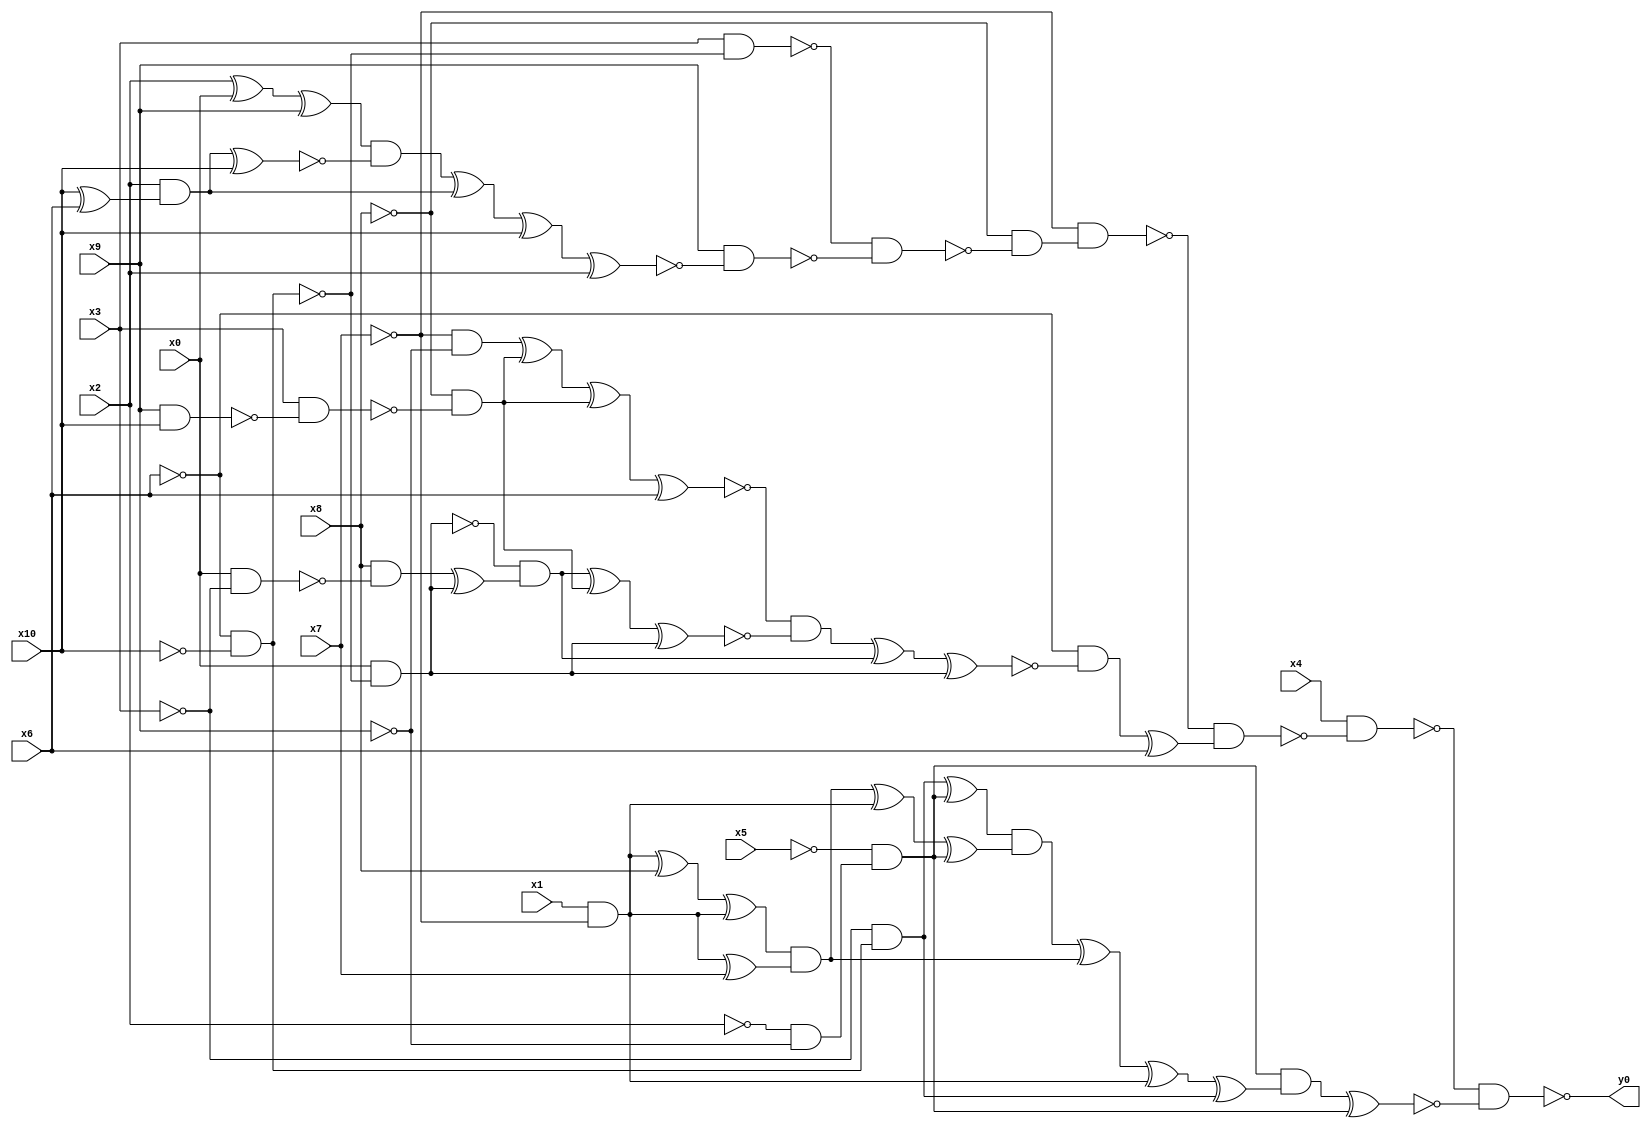
module top( x0 , x1 , x2 , x3 , x4 , x5 , x6 , x7 , x8 , x9 , x10 , y0 );
  input x0 , x1 , x2 , x3 , x4 , x5 , x6 , x7 , x8 , x9 , x10 ;
  output y0 ;
  wire n12 , n13 , n14 , n15 , n16 , n17 , n18 , n19 , n20 , n21 , n22 , n23 , n24 , n25 , n26 , n27 , n28 , n29 , n30 , n31 , n32 , n33 , n34 , n35 , n36 , n37 , n38 , n39 , n40 , n41 , n42 , n43 , n44 , n45 , n46 , n47 , n48 , n49 , n50 , n51 , n52 , n53 , n54 , n55 , n56 , n57 , n58 , n59 , n60 , n61 , n62 , n63 , n64 , n65 ;
  assign n12 = ~x6 & ~x10 ;
  assign n13 = x3 & ~n12 ;
  assign n14 = x2 ^ x0 ;
  assign n15 = n14 ^ x9 ;
  assign n16 = x10 ^ x6 ;
  assign n17 = x2 & n16 ;
  assign n18 = n17 ^ x10 ;
  assign n19 = n15 & ~n18 ;
  assign n20 = n19 ^ n17 ;
  assign n21 = n20 ^ x10 ;
  assign n22 = n21 ^ x2 ;
  assign n23 = x9 & ~n22 ;
  assign n24 = ~n13 & ~n23 ;
  assign n25 = ~x8 & ~n24 ;
  assign n26 = ~x7 & n25 ;
  assign n30 = ~x7 & ~x9 ;
  assign n27 = x9 & x10 ;
  assign n28 = x3 & ~n27 ;
  assign n29 = ~x8 & ~n28 ;
  assign n31 = n30 ^ n29 ;
  assign n32 = n31 ^ n29 ;
  assign n33 = n32 ^ x6 ;
  assign n34 = x0 & ~n12 ;
  assign n35 = x0 & ~x3 ;
  assign n36 = x8 & ~n35 ;
  assign n37 = n36 ^ n34 ;
  assign n38 = ~n34 & n37 ;
  assign n39 = n38 ^ n29 ;
  assign n40 = n39 ^ n34 ;
  assign n41 = ~n33 & ~n40 ;
  assign n42 = n41 ^ n38 ;
  assign n43 = n42 ^ n34 ;
  assign n44 = ~x6 & ~n43 ;
  assign n45 = n44 ^ x6 ;
  assign n46 = ~n26 & n45 ;
  assign n47 = x4 & ~n46 ;
  assign n48 = ~x2 & ~x9 ;
  assign n49 = ~x5 & n48 ;
  assign n50 = ~x3 & n12 ;
  assign n51 = n50 ^ n49 ;
  assign n52 = x1 & ~x7 ;
  assign n53 = n52 ^ x8 ;
  assign n54 = n53 ^ n52 ;
  assign n55 = n52 ^ x7 ;
  assign n56 = n54 & n55 ;
  assign n57 = n56 ^ n52 ;
  assign n58 = n57 ^ n49 ;
  assign n59 = n51 & n58 ;
  assign n60 = n59 ^ n56 ;
  assign n61 = n60 ^ n52 ;
  assign n62 = n61 ^ n50 ;
  assign n63 = n49 & n62 ;
  assign n64 = n63 ^ n49 ;
  assign n65 = ~n47 & ~n64 ;
  assign y0 = ~n65 ;
endmodule